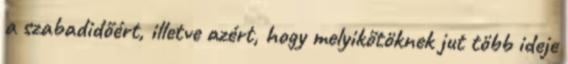
a szabadidőért, illetve azért, hogy melyikőtöknek jut több ideje